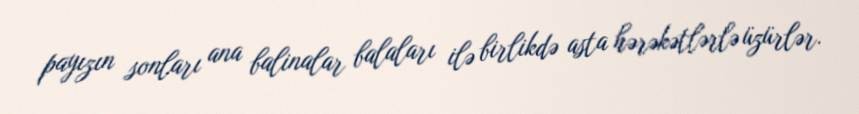
payızın sonları ana balinalar balaları ilə birlikdə asta hərəkətlərlə üzürlər.